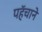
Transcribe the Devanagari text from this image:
पहॅचाने